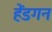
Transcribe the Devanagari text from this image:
हेंडगन